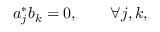
\begin{array} { r } { a _ { j } ^ { * } b _ { k } = 0 , \qquad \forall j , k , } \end{array}